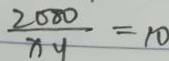
\frac { 2 0 8 0 } { x y } = 1 0